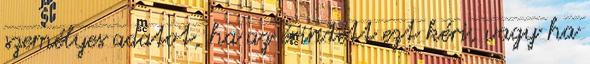
személyes adatot, ha az érintett ezt kéri, vagy ha